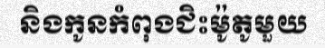
និងកូនកំពុងជិះម៉ូតូមួយ